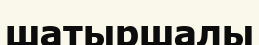
шатыршалы